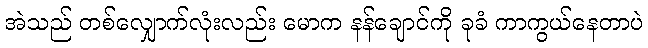
အဲသည် တစ်လျှောက်လုံးလည်း မောက နန်ချောင်ကို ခုခံ ကာကွယ်နေတာပဲ